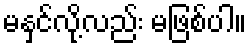
မနှင်လို့လည်း မဖြစ်ပါ။